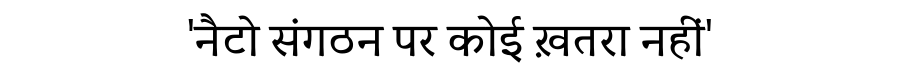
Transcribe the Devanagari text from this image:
'नैटो संगठन पर कोई ख़तरा नहीं'